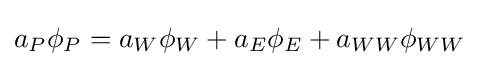
a_{P}\phi _{P}=a_{W}\phi _{W}+a_{E}\phi _{E}+a_{WW}\phi _{WW}